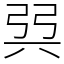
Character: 㢲